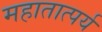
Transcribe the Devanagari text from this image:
महातात्पर्य